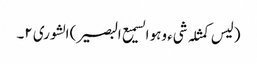
(لیس کمثلہ شیء وہو السمیع البصیر) الشوری ٢۔